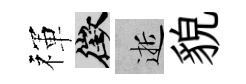
禈徵逝貌